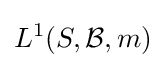
L^{1}(S,{\mathcal {B}},m)